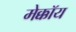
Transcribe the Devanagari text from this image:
मेक्कॉय